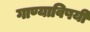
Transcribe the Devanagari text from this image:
गाण्याविषयी